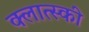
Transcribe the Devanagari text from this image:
क्लात्स्की